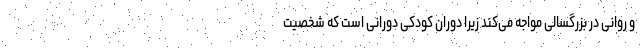
و روانی در بزرگسالی مواجه می‌کند زیرا دوران کودکی دورانی است که شخصیت